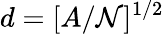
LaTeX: d=[A/\mathcal{N}]^{1/2}